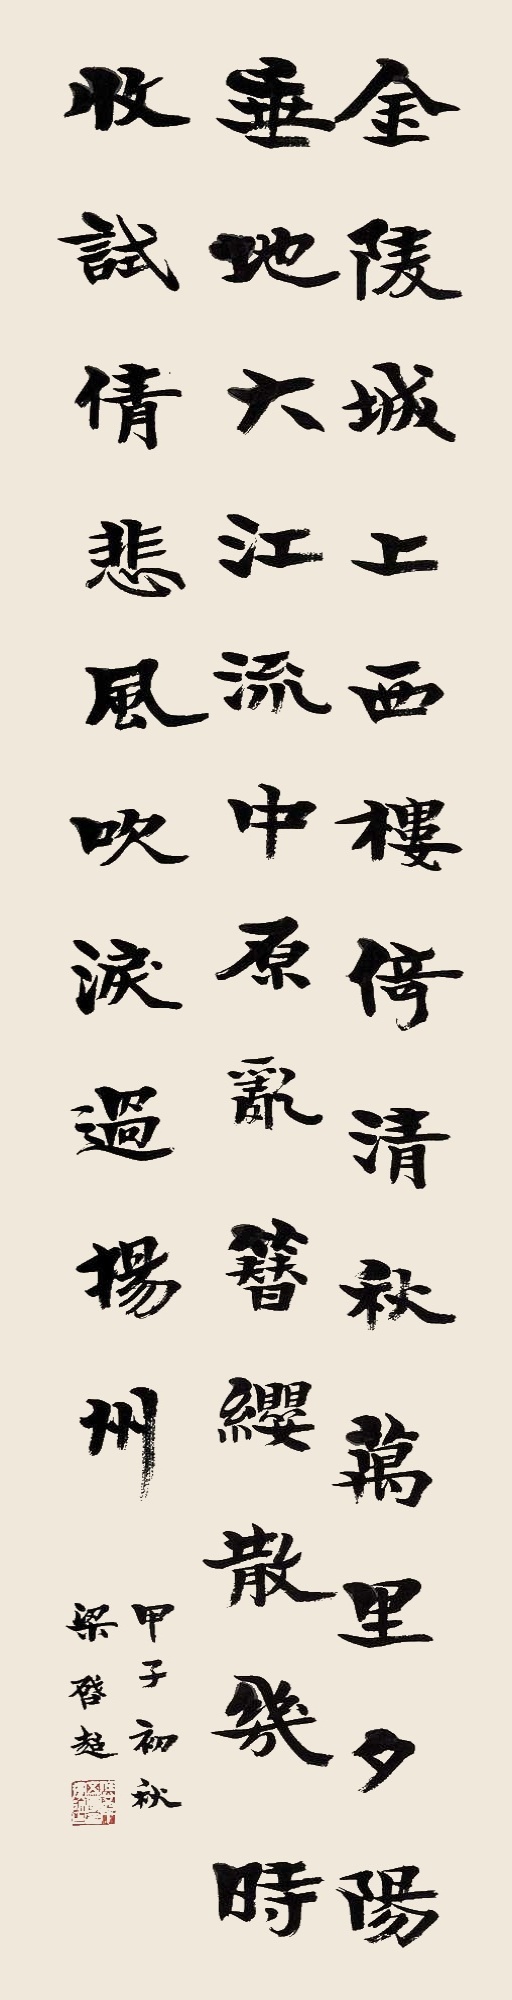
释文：金陵城上西楼倚清秋，万里夕阳垂地大江流。中原乱簪缨散几时，试倩悲风吹泪过扬州。甲子初秋，梁启超。